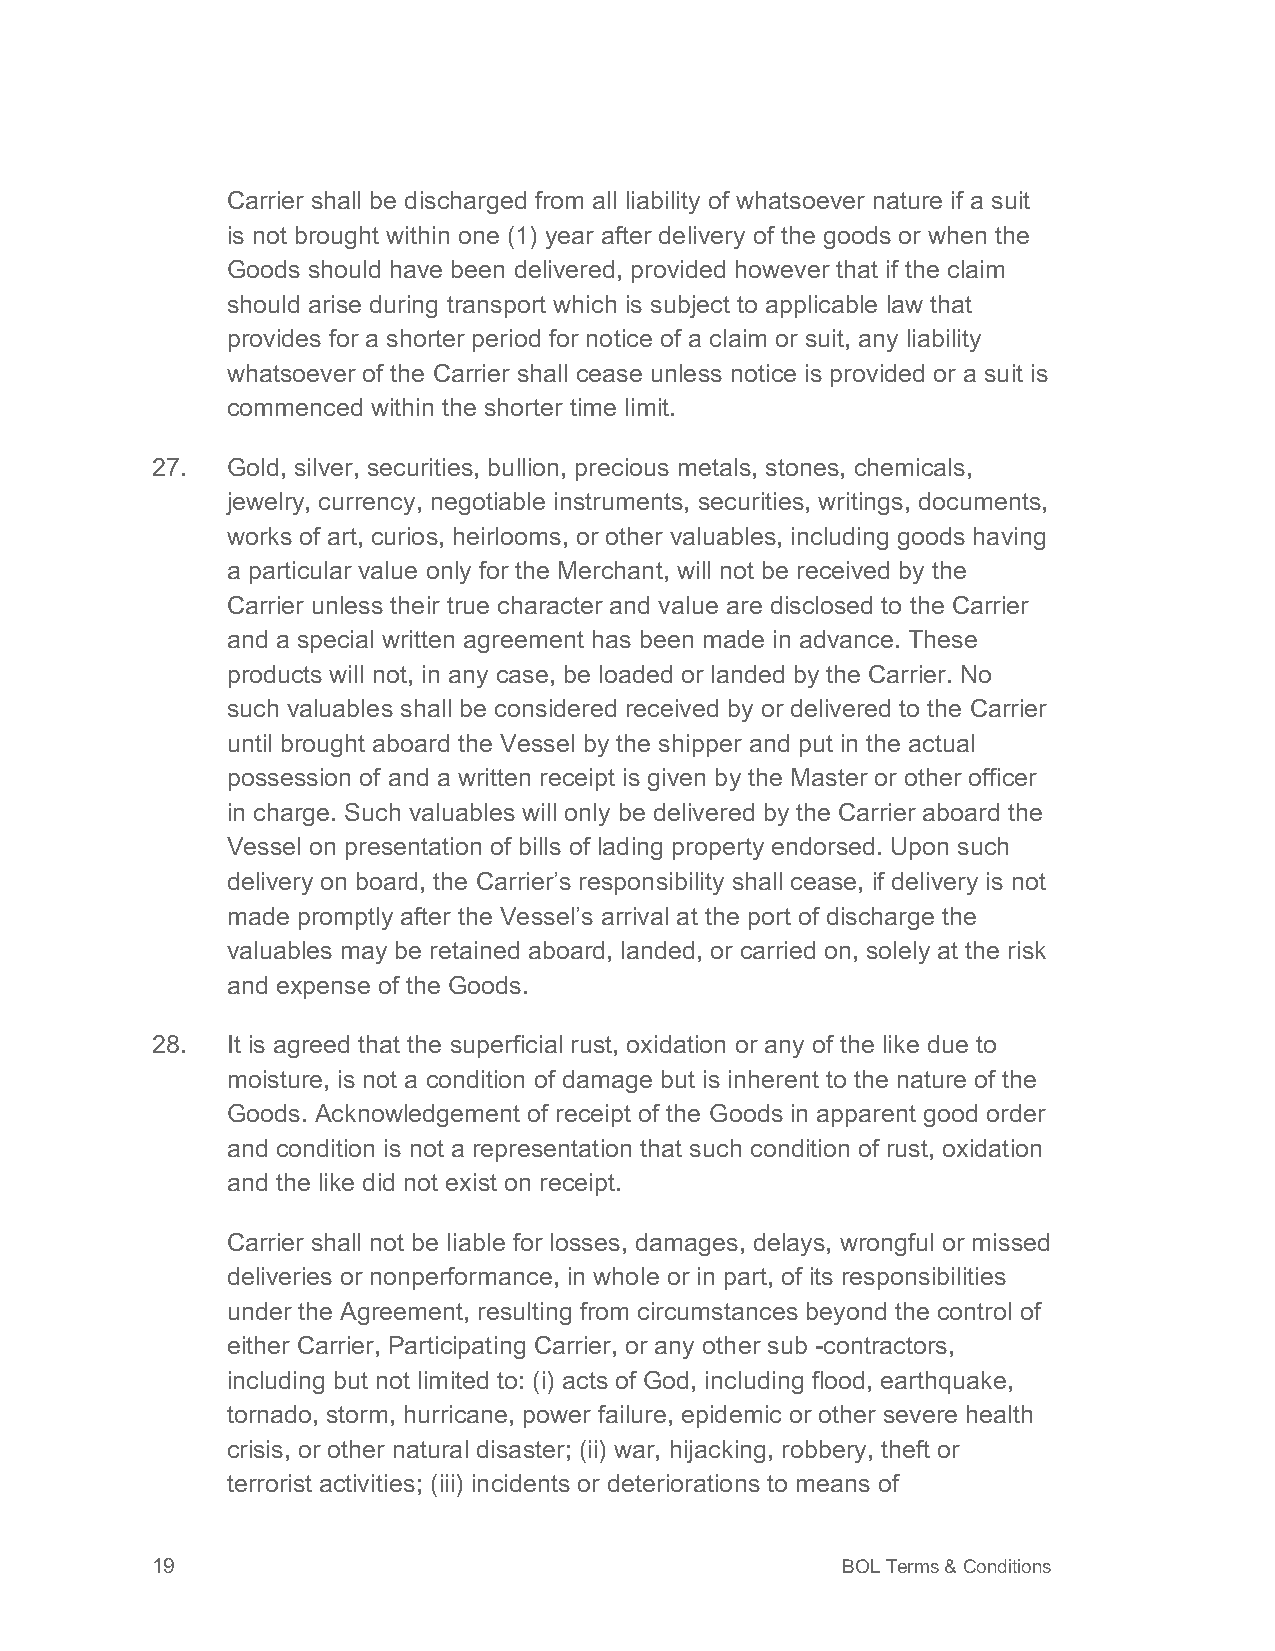
Carrier shall be discharged from all liability of whatsoever nature if a suit
 is not brought within one (1) year after delivery of the goods or when the
 Goods should have been delivered, provided however that if the claim
 should arise during transport which is subject to applicable law that
 provides for a shorter period for notice of a claim or suit, any liability
 whatsoever of the Carrier shall cease unless notice is provided or a suit is
 commenced within the shorter time limit.
 27.  Gold, silver, securities, bullion, precious metals, stones, chemicals,
 jewelry, currency, negotiable instruments, securities, writings, documents,
 works of art, curios, heirlooms, or other valuables, including goods having
 a particular value only for the Merchant, will not be received by the
 Carrier unless their true character and value are disclosed to the Carrier
 and a special written agreement has been made in advance. These
 products will not, in any case, be loaded or landed by the Carrier. No
 such valuables shall be considered received by or delivered to the Carrier
 until brought aboard the Vessel by the shipper and put in the actual
 possession of and a written receipt is given by the Master or other officer
 in charge. Such valuables will only be delivered by the Carrier aboard the
 Vessel on presentation of bills of lading property endorsed. Upon such
 delivery on board, the Carrier’s responsibility shall cease, if delivery is not
 made promptly after the Vessel’s arrival at the port of discharge the
 valuables may be retained aboard, landed, or carried on, solely at the risk
 and expense of the Goods.
 28.  It is agreed that the superficial rust, oxidation or any of the like due to
 moisture, is not a condition of damage but is inherent to the nature of the
 Goods. Acknowledgement of receipt of the Goods in apparent good order
 and condition is not a representation that such condition of rust, oxidation
 and the like did not exist on receipt.
 Carrier shall not be liable for losses, damages, delays, wrongful or missed
 deliveries or nonperformance, in whole or in part, of its responsibilities
 under the Agreement, resulting from circumstances beyond the control of
 either Carrier, Participating Carrier, or any other sub -contractors,
 including but not limited to: (i) acts of God, including flood, earthquake,
 tornado, storm, hurricane, power failure, epidemic or other severe health
 crisis, or other natural disaster; (ii) war, hijacking, robbery, theft or
 terrorist activities; (iii) incidents or deteriorations to means of
 19                                            BOL Terms & Conditions